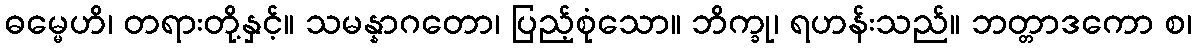
ဓမ္မေဟိ၊ တရားတို့နှင့်။ သမန္နာဂတော၊ ပြည့်စုံသော။ ဘိက္ခု၊ ရဟန်းသည်။ ဘတ္တာဒကော စ၊